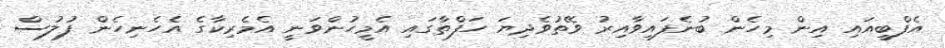
އެފްބީއައި އިން މިހެން ބުނެފައިވާއިރު ވޭތުވެދިޔަ ހަފްތާގައި އެމީހުންވަނީ އެމެރިކާގެ އެހެނިހެން ފުލުސް